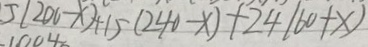
5 ( 2 0 0 - x ) + 1 5 ( 2 4 0 - x ) + 2 4 ( 6 0 + x )